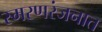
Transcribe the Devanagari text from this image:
स्मरणरंजनात